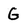
Character: G